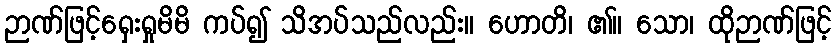
ဉာဏ်ဖြင့်ရှေးရှုမိမိ ကပ်၍ သိအပ်သည်လည်း။ ဟောတိ၊ ၏။ သော၊ ထိုဉာဏ်ဖြင့်